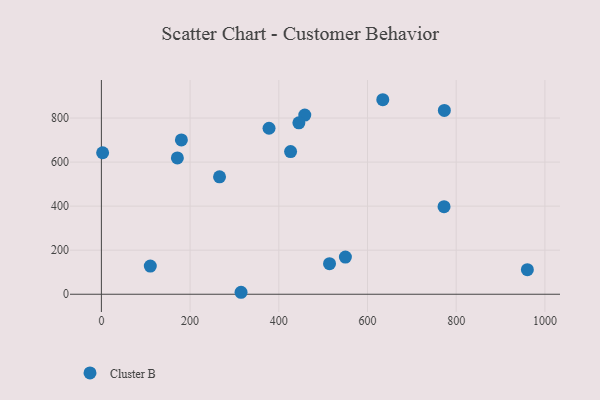
{"axis": {"x": "Price", "y": "Yield"}, "legend": ["Cluster B"], "data": [{"x": "772.6", "y": 397.7, "type": "Cluster B"}, {"x": "514.4", "y": 138.7, "type": "Cluster B"}, {"x": "458.6", "y": 813.7, "type": "Cluster B"}, {"x": "171.3", "y": 619.1, "type": "Cluster B"}, {"x": "266.4", "y": 533.2, "type": "Cluster B"}, {"x": "445.3", "y": 778.2, "type": "Cluster B"}, {"x": "550.2", "y": 168.8, "type": "Cluster B"}, {"x": "634.5", "y": 883.2, "type": "Cluster B"}, {"x": "180.4", "y": 700.6, "type": "Cluster B"}, {"x": "110.3", "y": 128.0, "type": "Cluster B"}, {"x": "960.5", "y": 111.5, "type": "Cluster B"}, {"x": "314.9", "y": 8.9, "type": "Cluster B"}, {"x": "2.8", "y": 642.4, "type": "Cluster B"}, {"x": "426.6", "y": 647.7, "type": "Cluster B"}, {"x": "773.3", "y": 834.7, "type": "Cluster B"}, {"x": "378.0", "y": 753.6, "type": "Cluster B"}]}